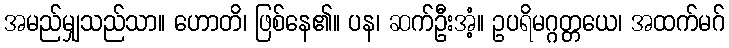
အမည်မျှသည်သာ။ ဟောတိ၊ ဖြစ်နေ၏။ ပန၊ ဆက်ဦးအံ့။ ဥပရိမဂ္ဂတ္တယေ၊ အထက်မဂ်